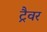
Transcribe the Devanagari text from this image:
ट्रैवर